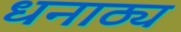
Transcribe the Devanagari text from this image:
धनाठ्य